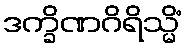
ဒက္ခိဏဂိရိသ္မိံ